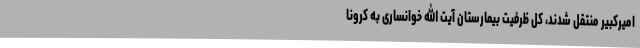
امیرکبیر منتقل شدند، کل ظرفیت بیمارستان آیت الله خوانساری به کرونا